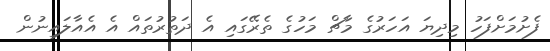
ފެށުމަށްފަހު މިދިޔަ އަހަރުގެ މާޗް މަހުގެ ތެރޭގައި އެ ދަތުރުތައް އެ އެއާލައިނުން